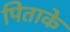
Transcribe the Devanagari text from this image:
पिताके